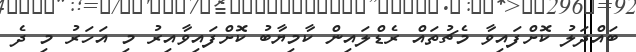
ބައްދަލު ކޮށްފައިވާ މެޗުތައް ރެޑްލައިން ކާމިޔާބު ކޮށްފައިވާއިރު މި އަހަރު މި ދެ